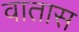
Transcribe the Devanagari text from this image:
वातास